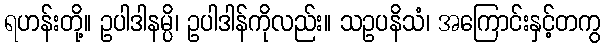
ရဟန်းတို့။ ဥပါဒါနမ္ပိ၊ ဥပါဒါန်ကိုလည်း။ သဥပနိသံ၊ အကြောင်းနှင့်တကွ